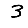
Digit: 3